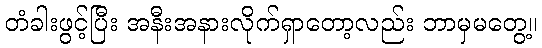
တံခါးဖွင့်ပြီး အနီးအနားလိုက်ရှာတော့လည်း ဘာမှမတွေ့။